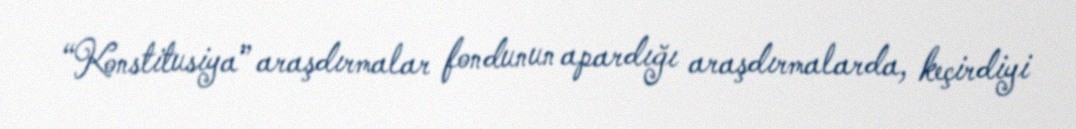
“Konstitusiya” araşdırmalar fondunun apardığı araşdırmalarda, keçirdiyi